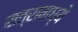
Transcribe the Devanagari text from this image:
सत्रामध्ये